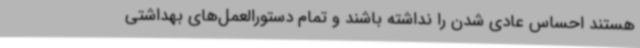
هستند احساس عادی شدن را نداشته باشند و تمام دستورالعمل‌های بهداشتی